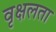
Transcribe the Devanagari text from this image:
वृक्षलता